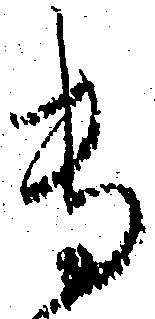
専